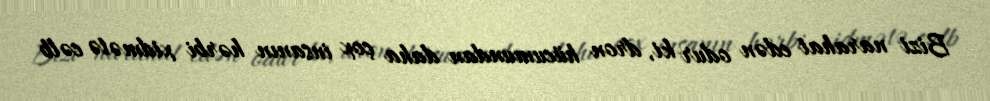
Bizi narahat edən odur ki, dron hücumundan daha çox insanın hərbi xidmətə cəlb